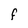
Character: F